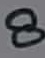
Text: 8